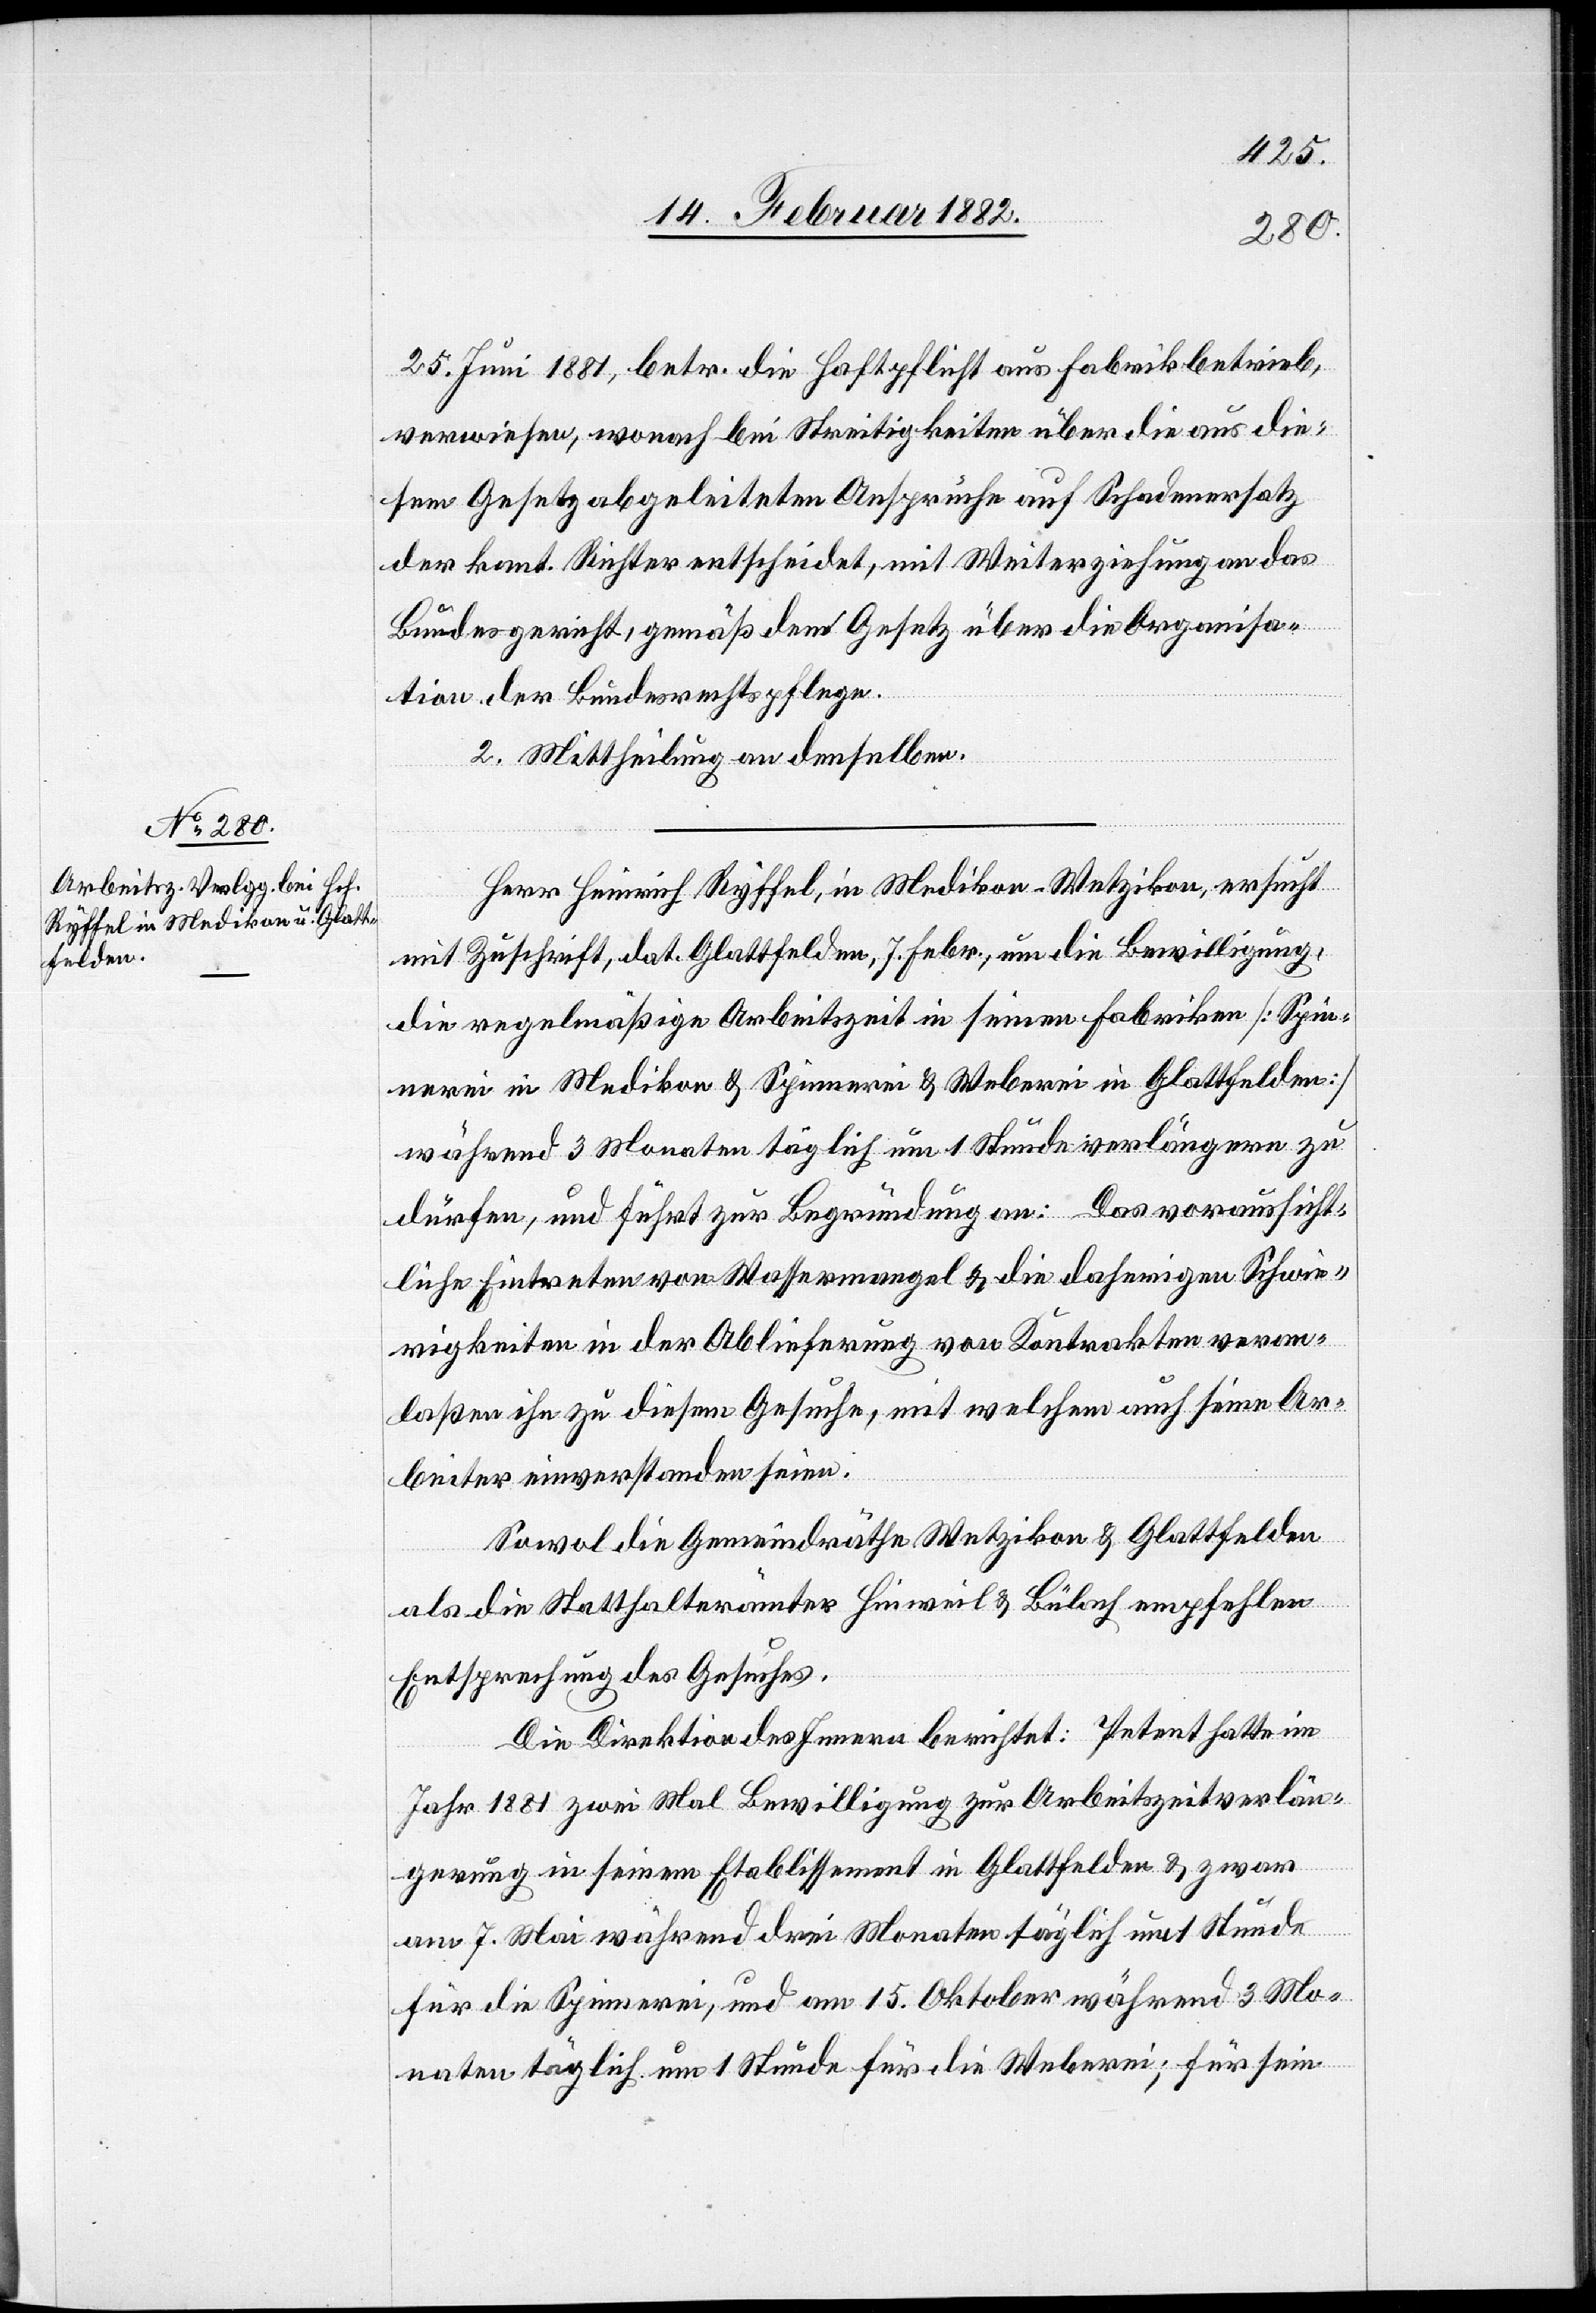
25. Juni 1881, betr. die Haftpflicht aus Fabrikbetrieb,
verwiesen, wonach bei Streitigkeiten über die aus die¬
sem Gesetz abgeleiteten Ansprüche auf Schadenersatz
der kant. Richter entscheidet, mit Weiterziehung an das
Bundesgericht, gemäß dem Gesetz über die Organisa¬
tion der Bundesrechtspflege.
2. Mittheilung an denselben.
Herr Heinrich Ryffel, in Medikon - Wetzikon, ersucht
mit Zuschrift, dat. Glattfelden, 7. Febr., um die Bewilligung,
die regelmäßige Arbeitszeit in seinen Fabriken [Spin¬
nerei in Medikon & Spinnerei & Weberei in Glattfelden]
während 3 Monaten täglich um 1 Stunde verlängern zu
dürfen, und führt zur Begründung an: Das voraussicht¬
liche Eintreten von Wassermangel & die daherigen Schwie¬
rigkeiten in der Ablieferung von Kontrakten veran¬
laßen ihn zu diesem Gesuche, mit welchem auch seine Ar¬
beiter einverstanden seien.
Sowol die Gemeindräthe Wetzikon & Glattfelden
als die Statthalterämter Hinweil & Bülach empfehlen
Entsprechung des Gesuches.
Die Direktion des Innern berichtet: Petent hatte im
Jahr 1881 zwei mal Bewilligung zur Arbeitszeitverlän¬
gerung in seinem Etablissement in Glattfelden & zwar
am 7. Mai während drei Monaten täglich um 1 Stunde
für die Spinnerei, und am 15. Oktober während 3 Mo¬
naten täglich um 1 Stunde für die Weberei; für sein